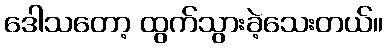
ဒေါသတော့ ထွက်သွားခဲ့သေးတယ်။